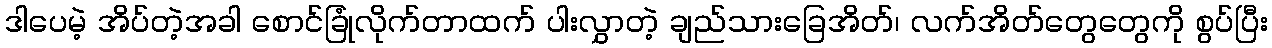
ဒါပေမဲ့ အိပ်တဲ့အခါ စောင်ခြုံလိုက်တာထက် ပါးလွှာတဲ့ ချည်သားခြေအိတ်၊ လက်အိတ်တွေတွေကို စွပ်ပြီး